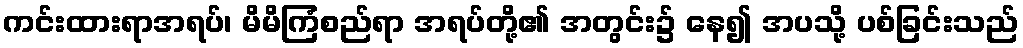
ကင်းထားရာအရပ်၊ မိမိကြံစည်ရာ အရပ်တို့၏ အတွင်း၌ နေ၍ အပသို့ ပစ်ခြင်းသည်